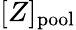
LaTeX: [Z]_{\mathrm{pool}}